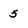
Character: 5